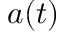
a ( t )